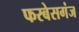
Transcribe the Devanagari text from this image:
फरबेसगंज